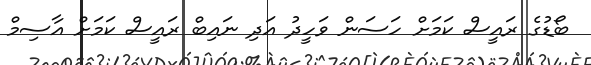
ބޯޑުގެ ރައީސް ކަމަށް ހަސަން ވަހީދު އަދި ނައިބް ރައީސް ކަމަށް އާސިމް